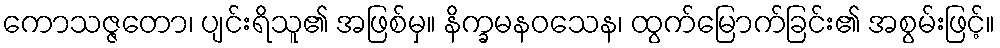
ကောသဇ္ဇတော၊ ပျင်းရိသူ၏ အဖြစ်မှ။ နိက္ခမနဝသေန၊ ထွက်မြောက်ခြင်း၏ အစွမ်းဖြင့်။